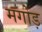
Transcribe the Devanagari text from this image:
मगोड़